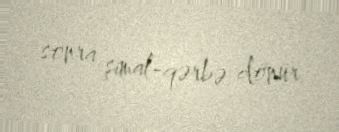
sonra şimal-qərbə dönür.